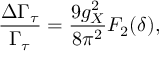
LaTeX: { \frac { \Delta \Gamma _ { \tau } } { \Gamma _ { \tau } } } = { \frac { 9 g _ { X } ^ { 2 } } { 8 \pi ^ { 2 } } } F _ { 2 } ( \delta ) ,